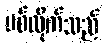
ပစ်လိုက်သည်